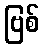
ဗြစ်